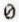
0